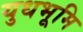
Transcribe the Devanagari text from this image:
युधभूमि